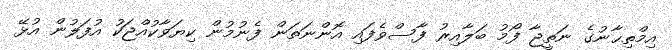
އިމްތިޙާނުގެ ނަތީޖާ ފޯމު ބަލާއިރު ފާސްވެފައި އޮންނަތަން ފެނުމުން ކިޔަވާކުއްޖަކު އުފަލުން އުޅޭ